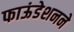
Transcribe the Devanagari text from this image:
फाऊंडेशनने